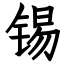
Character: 锡